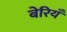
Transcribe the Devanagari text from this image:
बेरियँ